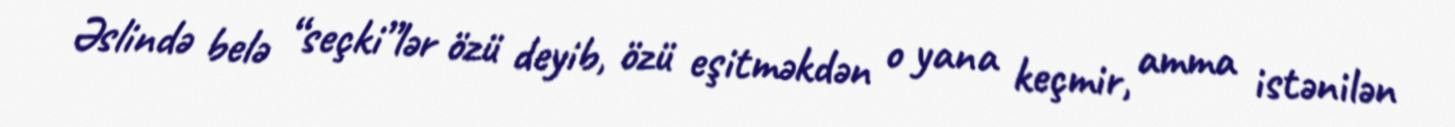
Əslində belə “seçki”lər özü deyib, özü eşitməkdən o yana keçmir, amma istənilən